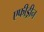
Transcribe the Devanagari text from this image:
एफीड्रीन